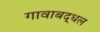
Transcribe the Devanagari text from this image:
गावाबद्धल